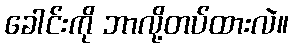
ခေါင်းကို ဘာလို့တပ်ထားလဲ။